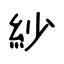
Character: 紗